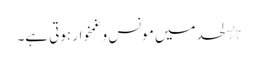
٭ لحد میں مونس و غمخوار ہوتی ہے۔